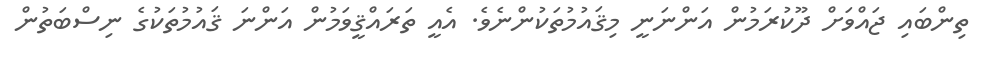
ތިންބައި ޖައްވަށް ދޫކުރަމުން އަންނަނީ މިޤައުމުތަކުންނެވެ. އެއީ ތަރައްޤީވަމުން އަންނަ ޤައުމުތަކުގެ ނިސްބަތުން